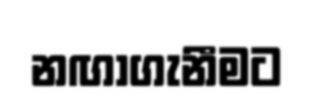
නඟාගැනීමට